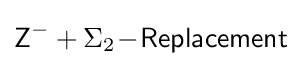
{\mathsf {Z}}^{-}+\Sigma _{2}\!-\!{\mathsf {Replacement}}